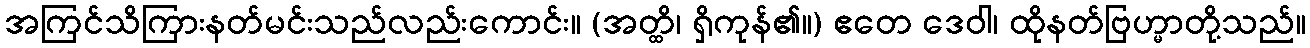
အကြင်သိကြားနတ်မင်းသည်လည်းကောင်း။ (အတ္ထိ၊ ရှိကုန်၏။) ဧတေ ဒေဝါ၊ ထိုနတ်ဗြဟ္မာတို့သည်။